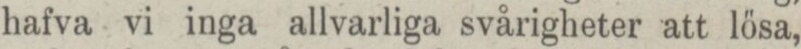
hafva vi inga allvarliga svårigheter att lösa,